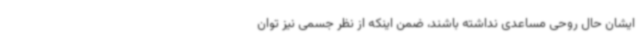
ایشان حال روحی مساعدی نداشته باشند، ضمن اینکه از نظر جسمی نیز توان